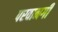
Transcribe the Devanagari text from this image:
परवानगी